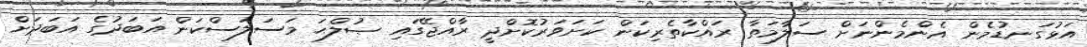
އަޅުގަނޑުމެން އެންމެންނަށް ސަލާމަތާ ރައްކާތެރިކަން ކަށަވަރުކޮށްދީ ރާއްޖޭގައި ޞުލްޙަ މަސަލަސްކަން އަބަދުގެ އަބަދަށް